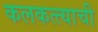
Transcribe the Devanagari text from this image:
कलकत्त्याची